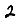
Digit: 2